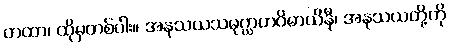
တထာ၊ ထိုမှတစ်ပါး။ အနုသယသမုဂ္ဃာတဝိဓာယိနီ၊ အနုသယတို့ကို